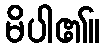
မိပါ၏။